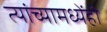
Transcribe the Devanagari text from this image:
त्यांच्यामध्येंही